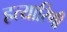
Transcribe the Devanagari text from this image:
हत्यारिणी